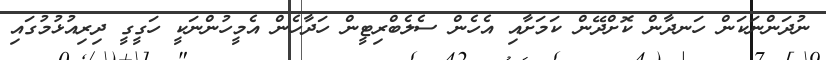
ނުދަންނަކަން ހަނދާން ކޮށްދޭން ކަމަށާއި އެހެން ސެލެބްރިޓީން ހަދާހެން އެމީހުންނަކީ ހަގީގީ ދިރިއުޅުމުގައި